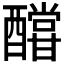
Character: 𨣛